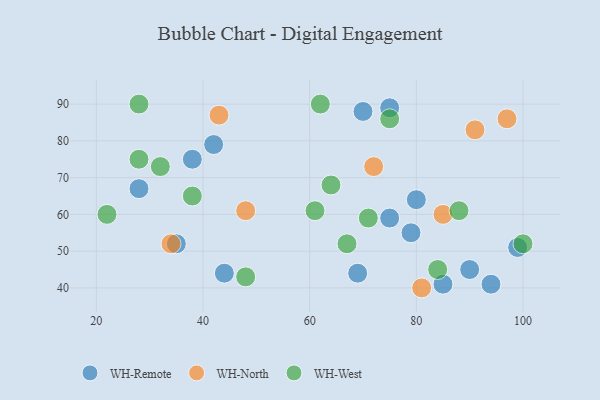
{"axis": {"x": "GDP", "y": "Life Expectancy"}, "legend": ["WH-North", "WH-Remote", "WH-West"], "data": [{"x": "42", "y": 79, "type": "WH-Remote"}, {"x": "35", "y": 52, "type": "WH-Remote"}, {"x": "44", "y": 44, "type": "WH-Remote"}, {"x": "80", "y": 64, "type": "WH-Remote"}, {"x": "79", "y": 55, "type": "WH-Remote"}, {"x": "38", "y": 75, "type": "WH-Remote"}, {"x": "75", "y": 89, "type": "WH-Remote"}, {"x": "28", "y": 67, "type": "WH-Remote"}, {"x": "90", "y": 45, "type": "WH-Remote"}, {"x": "85", "y": 41, "type": "WH-Remote"}, {"x": "75", "y": 59, "type": "WH-Remote"}, {"x": "94", "y": 41, "type": "WH-Remote"}, {"x": "99", "y": 51, "type": "WH-Remote"}, {"x": "70", "y": 88, "type": "WH-Remote"}, {"x": "69", "y": 44, "type": "WH-Remote"}, {"x": "85", "y": 60, "type": "WH-North"}, {"x": "43", "y": 87, "type": "WH-North"}, {"x": "81", "y": 40, "type": "WH-North"}, {"x": "97", "y": 86, "type": "WH-North"}, {"x": "34", "y": 52, "type": "WH-North"}, {"x": "48", "y": 61, "type": "WH-North"}, {"x": "91", "y": 83, "type": "WH-North"}, {"x": "72", "y": 73, "type": "WH-North"}, {"x": "61", "y": 61, "type": "WH-West"}, {"x": "38", "y": 65, "type": "WH-West"}, {"x": "22", "y": 60, "type": "WH-West"}, {"x": "32", "y": 73, "type": "WH-West"}, {"x": "100", "y": 52, "type": "WH-West"}, {"x": "28", "y": 90, "type": "WH-West"}, {"x": "71", "y": 59, "type": "WH-West"}, {"x": "67", "y": 52, "type": "WH-West"}, {"x": "48", "y": 43, "type": "WH-West"}, {"x": "62", "y": 90, "type": "WH-West"}, {"x": "75", "y": 86, "type": "WH-West"}, {"x": "28", "y": 75, "type": "WH-West"}, {"x": "88", "y": 61, "type": "WH-West"}, {"x": "64", "y": 68, "type": "WH-West"}, {"x": "84", "y": 45, "type": "WH-West"}]}